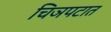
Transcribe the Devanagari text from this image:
चिञपटात